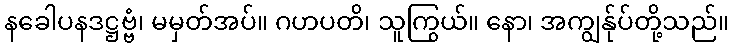
နခေါပနဒဋ္ဌဗ္ဗံ၊ မမှတ်အပ်။ ဂဟပတိ၊ သူကြွယ်။ နော၊ အကျွန်ုပ်တို့သည်။